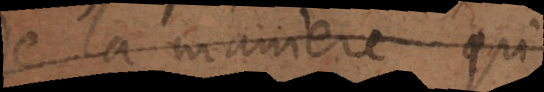
la maniere qu’il